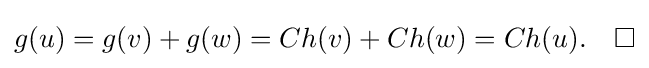
g(u)=g(v)+g(w)=Ch(v)+Ch(w)=Ch(u).\quad \square